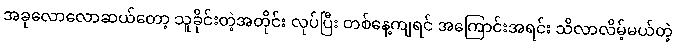
အခုလောလောဆယ်တော့ သူခိုင်းတဲ့အတိုင်း လုပ်ပြီး တစ်နေ့ကျရင် အကြောင်းအရင်း သိလာလိမ့်မယ်တဲ့